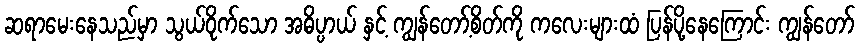
ဆရာမေးနေသည်မှာ သွယ်ဝိုက်သော အဓိပ္ပာယ် နှင့် ကျွန်တော့်စိတ်ကို ကလေးများထံ ပြန်ပို့နေကြောင်း ကျွန်တော်